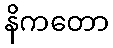
နိကတော